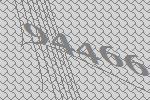
94466